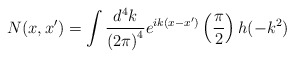
\begin{align*}N(x,x^{\prime })=\int \frac{d^4k}{\left( 2\pi \right) ^4}e^{ik(x-x^{\prime})}\left( \frac \pi 2\right) h(-k^2) \end{align*}